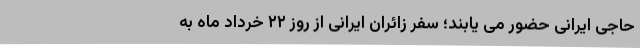
حاجی ایرانی حضور می یابند؛ سفر زائران ایرانی از روز ۲۲ خرداد ماه به